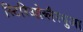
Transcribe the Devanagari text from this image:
स्टिरिओब्लैस्चुआ